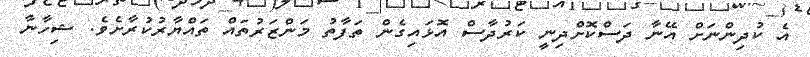
އެ ކުދިންނަށް އޭނާ ދަސްކޮށްދިނީ ކަރުދާސް އޮޅައިގެން ތަފާތު މަންޒަރުތައް ތައްޔާރުކުރާށެވެ. ޝިހާނާ